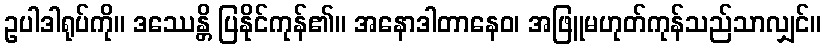
ဥပါဒါရုပ်ကို။ ဒဿေန္တိ ပြနိုင်ကုန်၏။ အနောဒါတာနေဝ၊ အဖြူမဟုတ်ကုန်သည်သာလျှင်။